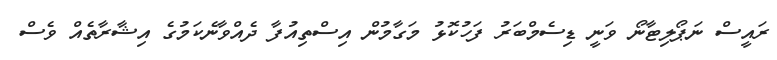
ރައީސް ނަޕޯލިޓާނޯ ވަނީ ޑިސެމްބަރު ފަހުކޮޅު މަގާމުން އިސްތިއުފާ ދެއްވާނެކަމުގެ އިޝާރާތެއް ވެސް